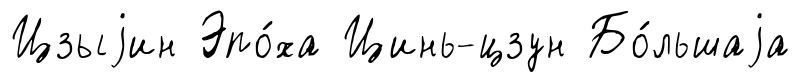
Цзыjин Эпо́ха Цинь-цзун Бо́льшаjа